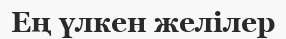
Ең үлкен желілер